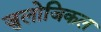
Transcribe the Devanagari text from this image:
जुलोजिकल